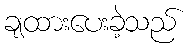
ချထားပေးခဲ့သည်